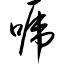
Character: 唬